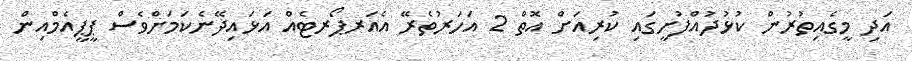
އަދި މީގެއިތުރުން ކުޅުދުއްފުށީގައި ކުރިއަށް އޮތް 2 އަހަރުތެރޭ އެއަރޕޯރޓެއް އަޅައިދޭނެކަމަށްވެސް ޕީޕީއެމްއިން